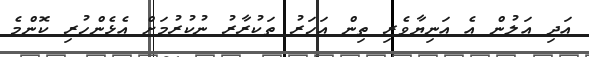
އަދި އަލުން އެ އަނިޔާވެރި ތިން އަހަރު ތަކުރާރު ނުކުރުމަށް އެޅެންހުރި ކޮންމެ